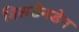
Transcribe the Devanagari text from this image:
बिलडेनडेन